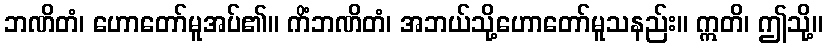
ဘဏိတံ၊ ဟောတော်မူအပ်၏။ ကိံဘဏိတံ၊ အဘယ်သို့ဟောတော်မူသနည်း။ ဣတိ၊ ဤသို့။